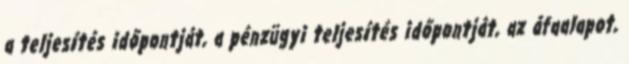
a teljesítés időpontját, a pénzügyi teljesítés időpontját, az áfaalapot,